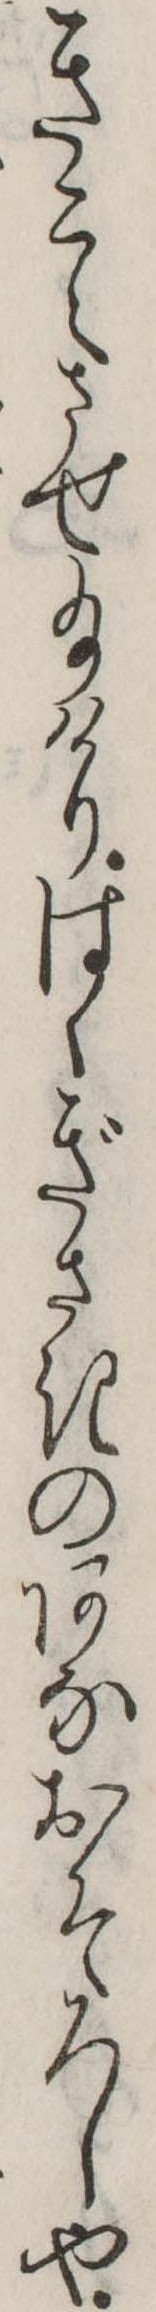
きこえさせ給けりはゝぎさきのあなおそろしや